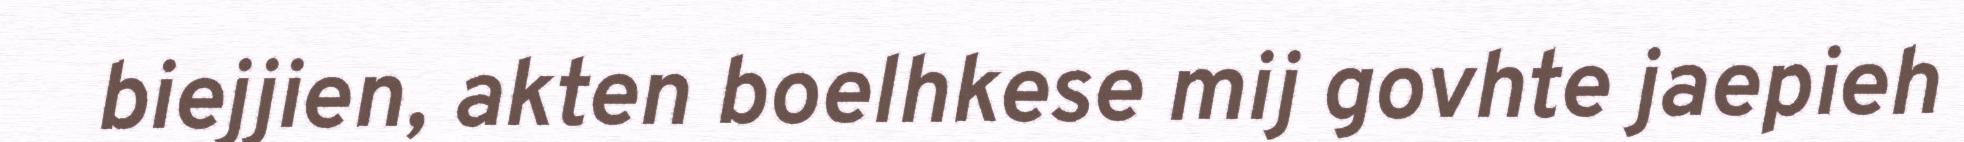
biejjien, akten boelhkese mij govhte jaepieh